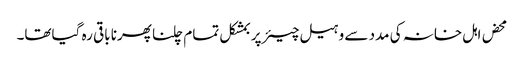
محض اہل خانہ کی مدد سے وہیل چیئر پر بمشکل تمام چلنا پھرنا باقی رہ گیاتھا۔